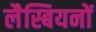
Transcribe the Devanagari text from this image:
लैस्बियनों